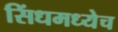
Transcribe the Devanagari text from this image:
सिंधमध्येच